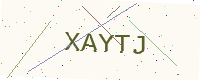
Text: XAYTJ